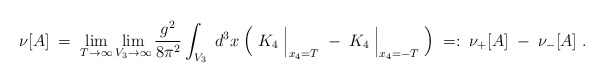
\begin{align*}\nu[A] \; = \; \lim_{T \rightarrow \infty} \lim_{V_3 \rightarrow \infty}\frac{g^2}{8 \pi^2} \int_{V_3} \; d^3x \; \Big(\; K_4 \; \Big|_{x_4 = T}\; - \; K_4 \; \Big|_{x_4 = - T} \; \Big) \; =: \; \nu_+[A] \; - \; \nu_-[A]\; .\end{align*}